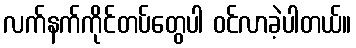
လက်နက်ကိုင်တပ်တွေပါ ဝင်လာခဲ့ပါတယ်။